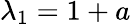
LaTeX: \lambda_{1}=1+a